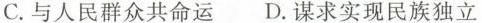
C.与人民群众共命D.谋求实现民族独立